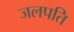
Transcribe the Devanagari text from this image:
जलपति